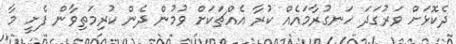
ދެކޮޅަށް ވަރުގަދަ ހަނގުރާމައެއް ކުރާ އެއްޗަކަށް ވުމުން ދެން ކުރިމަތިވާން ފެށީ މާ